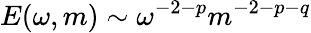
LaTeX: E(\omega,m)\sim\omega^{-2-p}m^{-2-p-q}